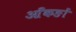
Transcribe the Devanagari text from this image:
आँकङों